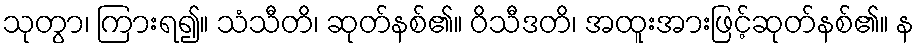
သုတွာ၊ ကြားရ၍။ သံသီတိ၊ ဆုတ်နစ်၏။ ဝိသီဒတိ၊ အထူးအားဖြင့်ဆုတ်နစ်၏။ န